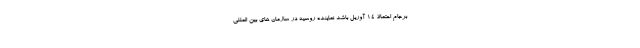
برجام احتمالا ۱۴ آوریل باشد نماینده روسیه در سازمان های بین المللی